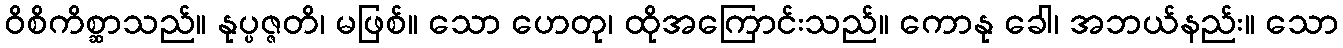
ဝိစိကိစ္ဆာသည်။ နုပ္ပဇ္ဇတိ၊ မဖြစ်။ သော ဟေတု၊ ထိုအကြောင်းသည်။ ကောနု ခေါ၊ အဘယ်နည်း။ သော